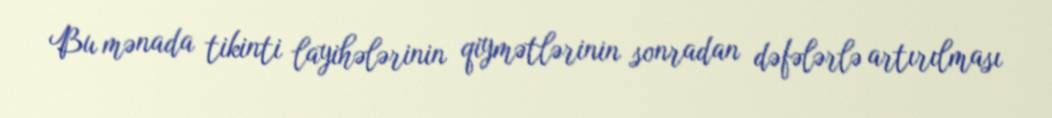
Bu mənada tikinti layihələrinin qiymətlərinin sonradan dəfələrlə artırılması